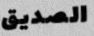
الصديق